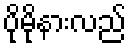
ပိုမိုနားလည်